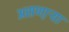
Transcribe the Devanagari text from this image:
असणा़ऱ्या